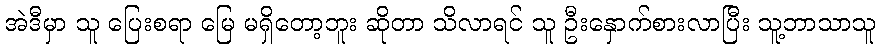
အဲဒီမှာ သူ ပြေးစရာ မြေ မရှိတော့ဘူး ဆိုတာ သိလာရင် သူ ဦးနှောက်စားလာပြီး သူ့ဘာသာသူ